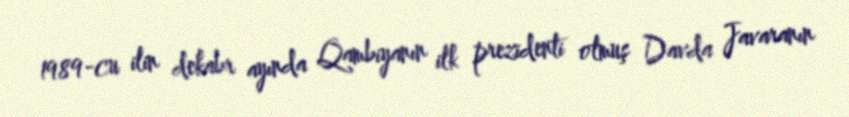
1989-cu ilin dekabr ayında Qambiyanın ilk prezidenti olmuş Davda Javaranın